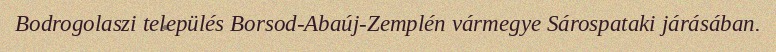
Bodrogolaszi település Borsod-Abaúj-Zemplén vármegye Sárospataki járásában.